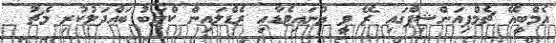
އެމްބީއޭ ޗެމްޕިއަންޝިޕްގައި ރޭ ވީ ޔުނައިޓެޑާއި ރެޑްލައިން ކްލަބު ބައްދަލުކުރި މެޗު